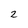
Character: 2